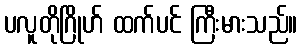
ပလူတိုဂြိုဟ် ထက်ပင် ကြီးမားသည်။